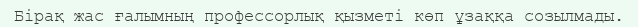
Бірақ жас ғалымның профессорлық қызметі көп ұзаққа созылмады.